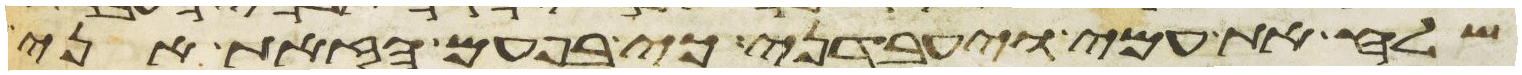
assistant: שלח את עמי ויעבדני כי בפעם הזאת אני